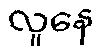
လူနေ